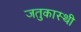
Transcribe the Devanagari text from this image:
जतुकास्थी